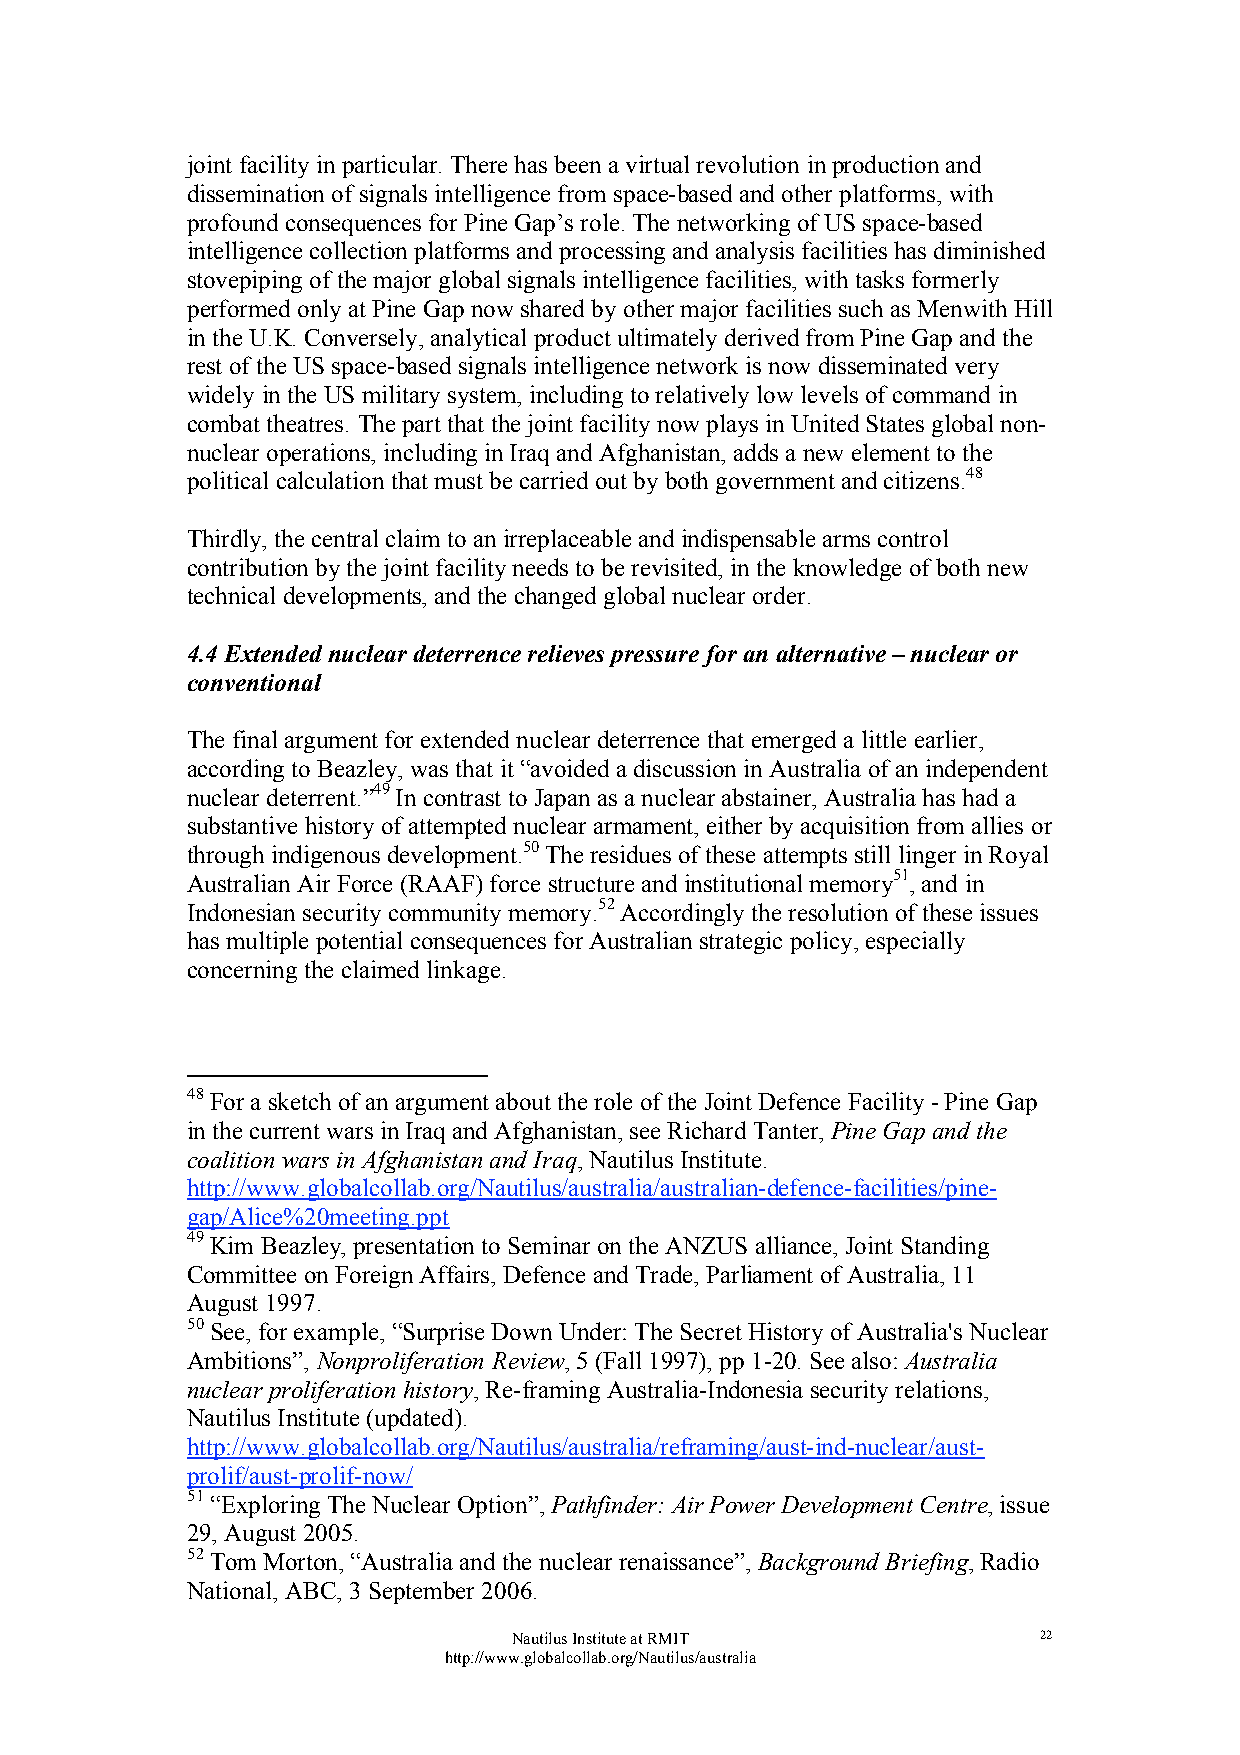
joint facility in particular. There has been a virtual revolution in production and
 dissemination of signals intelligence from space-based and other platforms, with
 profound consequences for Pine Gap’s role. The networking of US space-based
 intelligence collection platforms and processing and analysis facilities has diminished
 stovepiping of the major global signals intelligence facilities, with tasks formerly
 performed only at Pine Gap now shared by other major facilities such as Menwith Hill
 in the U.K. Conversely, analytical product ultimately derived from Pine Gap and the
 rest of the US space-based signals intelligence network is now disseminated very
 widely in the US military system, including to relatively low levels of command in
 combat theatres. The part that the joint facility now plays in United States global non-
 nuclear operations, including in Iraq and Afghanistan, adds a new element to the
 political calculation that must be carried out by both government and citizens.48
 Thirdly, the central claim to an irreplaceable and indispensable arms control
 contribution by the joint facility needs to be revisited, in the knowledge of both new
 technical developments, and the changed global nuclear order.
 4.4 Extended nuclear deterrence relieves pressure for an alternative – nuclear or
 conventional
 The final argument for extended nuclear deterrence that emerged a little earlier,
 according to Beazley, was that it “avoided a discussion in Australia of an independent
 nuclear deterrent.”49 In contrast to Japan as a nuclear abstainer, Australia has had a
 substantive history of attempted nuclear armament, either by acquisition from allies or
 through indigenous development.50 The residues of these attempts still linger in Royal
 Australian Air Force (RAAF) force structure and institutional memory51, and in
 Indonesian security community memory.52 Accordingly the resolution of these issues
 has multiple potential consequences for Australian strategic policy, especially
 concerning the claimed linkage.
 48 For a sketch of an argument about the role of the Joint Defence Facility - Pine Gap
 in the current wars in Iraq and Afghanistan, see Richard Tanter, Pine Gap and the
 coalition wars in Afghanistan and Iraq, Nautilus Institute.
 http://www.globalcollab.org/Nautilus/australia/australian-defence-facilities/pine-
 gap/Alice%20meeting.ppt
 49 Kim Beazley, presentation to Seminar on the ANZUS alliance, Joint Standing
 Committee on Foreign Affairs, Defence and Trade, Parliament of Australia, 11
 August 1997.
 50 See, for example, “Surprise Down Under: The Secret History of Australia's Nuclear
 Ambitions”, Nonproliferation Review, 5 (Fall 1997), pp 1-20. See also: Australia
 nuclear proliferation history, Re-framing Australia-Indonesia security relations,
 Nautilus Institute (updated).
 http://www.globalcollab.org/Nautilus/australia/reframing/aust-ind-nuclear/aust-
 prolif/aust-prolif-now/
 51 “Exploring The Nuclear Option”, Pathfinder: Air Power Development Centre, issue
 29, August 2005.
 52 Tom Morton, “Australia and the nuclear renaissance”, Background Briefing, Radio
 National, ABC, 3 September 2006.
 Nautilus Institute at RMIT         22
 http://www.globalcollab.org/Nautilus/australia